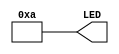
// Copyright 2020-2022 F4PGA Authors
//
// Licensed under the Apache License, Version 2.0 (the "License");
// you may not use this file except in compliance with the License.
// You may obtain a copy of the License at
//
//     http://www.apache.org/licenses/LICENSE-2.0
//
// Unless required by applicable law or agreed to in writing, software
// distributed under the License is distributed on an "AS IS" BASIS,
// WITHOUT WARRANTIES OR CONDITIONS OF ANY KIND, either express or implied.
// See the License for the specific language governing permissions and
// limitations under the License.
//
// SPDX-License-Identifier: Apache-2.0

module top(
           output [5:2] LED
           );

   assign LED[5:2] = 4'b1010;

endmodule